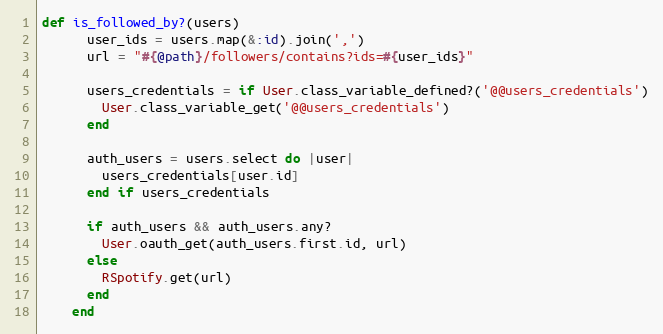
Language: Ruby
def is_followed_by?(users)
      user_ids = users.map(&:id).join(',')
      url = "#{@path}/followers/contains?ids=#{user_ids}"

      users_credentials = if User.class_variable_defined?('@@users_credentials')
        User.class_variable_get('@@users_credentials')
      end

      auth_users = users.select do |user|
        users_credentials[user.id]
      end if users_credentials

      if auth_users && auth_users.any?
        User.oauth_get(auth_users.first.id, url)
      else
        RSpotify.get(url)
      end
    end